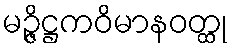
မဉ္ဇိဋ္ဌကဝိမာနဝတ္ထု